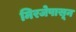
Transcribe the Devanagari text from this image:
मिरजेपासून